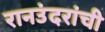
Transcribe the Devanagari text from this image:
रानउंदरांची